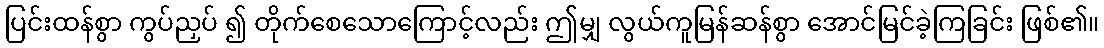
ပြင်းထန်စွာ ကွပ်ညှပ် ၍ တိုက်စေသောကြောင့်လည်း ဤမျှ လွယ်ကူမြန်ဆန်စွာ အောင်မြင်ခဲ့ကြခြင်း ဖြစ်၏။